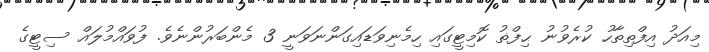
މިއަދު އިފްތިތާހު ކުރެވުނު ޙިފްޡު ކޮމިޓީގައި ހިމެނިވަޑައިގަންނަވަނީ 3 މެންބަރުންނެވެ. ފުވައްމުލައް ސިޓީގެ